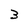
Character: 3